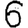
Digit: 6